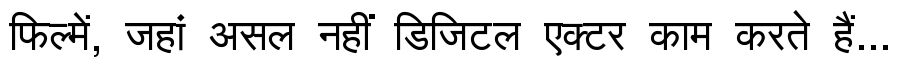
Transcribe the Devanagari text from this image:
फिल्में, जहां असल नहीं डिजिटल एक्टर काम करते हैं...